Civil Veterinary Dept. Bombay admin report 1893-99 - 1893-1899
Year: 1893
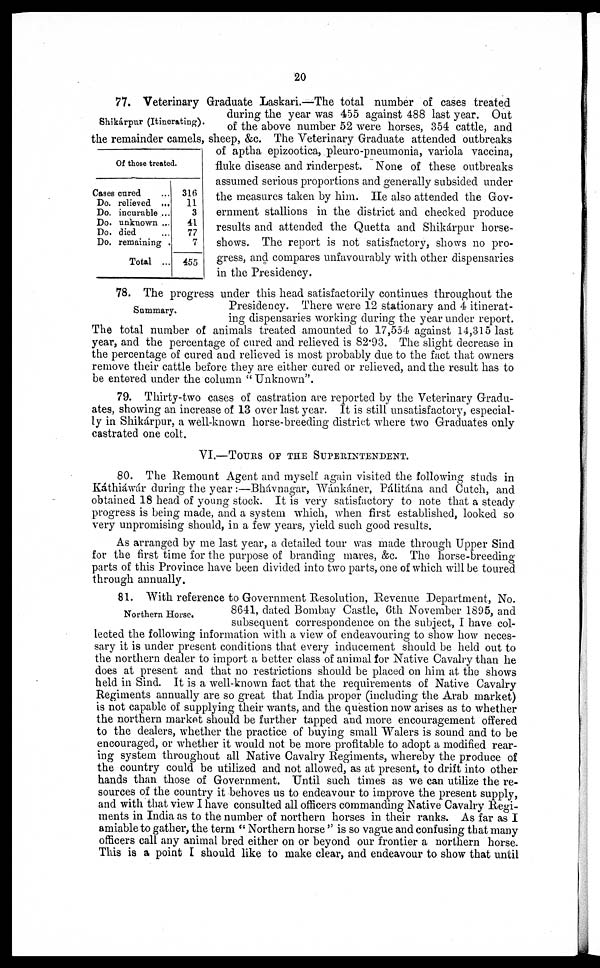
20
Shikárpur (Itinerating).
77. Veterinary Graduate Laskari.—The total number of cases treated
during the year was 455 against 488 last year. Out
of the above number 52 were horses, 354 cattle, and
the remainder camels, sheep, &c. The Veterinary Graduate attended outbreaks
of aptha epizootica, pleuro-pneumonia, variola vaccina,
fluke disease and rinderpest. None of these outbreaks
assumed serious proportions and generally subsided under
the measures taken by him. He also attended the Gov-
ernment stallions in the district and checked produce
results and attended the Quetta and Shikárpur horse-
shows. The report is not satisfactory, shows no pro-
gress, and compares unfavourably with other dispensaries
in the Presidency.
Of those treated.
Cases cured …
Do. relieved ...
Do. incurable ...
Do. unknown ...
Do. died …
Do. remaining
Total ...
316
11
3
41
77
7
455
Summary.
78. The progress under this head satisfactorily continues throughout the
Presidency. There were 12 stationary and 4 itinerat-
ing dispensaries working during the year under report.
The total number of animals treated amounted to 17,554 against 14,315 last
year, and the percentage of cured and relieved is 82.93. The slight decrease in
the percentage of cured and relieved is most probably due to the fact that owners
remove their cattle before they are either cured or relieved, and the result has to
be entered under the column " Unknown ".
79. Thirty-two cases of castration are reported by the Veterinary Gradu-
ates, showing an increase of 13 over last year. It is still unsatisfactory, especial-
ly in Shikárpur, a well-known horse-breeding district where two Graduates only
castrated one colt.
VI.—TOURS OF THE SUPERINTENDENT.
80. The Remount Agent and myself again visited the following studs in
Káthiáwár during the year :—Bhávnagar, Wánkáner, Pálitána and Cutch, and
obtained 18 head of young stock. It is very satisfactory to note that a steady
progress is being made, and a system which, when first established, looked so
very unpromising should, in a few years, yield such good results.
As arranged by me last year, a detailed tour was made through Upper Sind
for the first time for the purpose of branding mares, &c. The horse-breeding
parts of this Province have been divided into two parts, one of which will be toured
through annually.
Northern Horse.
81. With reference to Government Resolution, Revenue Department, No.
8641, dated Bombay Castle, 6th November 1895, and
subsequent correspondence on the subject, I have col-
lected the following information with a view of endeavouring to show how neces-
sary it is under present conditions that every inducement should be held out to
the northern dealer to import a better class of animal for Native Cavalry than he
does at present and that no restrictions should be placed on him at the shows
held in Sind. It is a well-known fact that the requirements of Native Cavalry
Regiments annually are so great that India proper (including the Arab market)
is not capable of supplying their wants, and the question now arises as to whether
the northern market should be further tapped and more encouragement offered
to the dealers, whether the practice of buying small Walers is sound and to be
encouraged, or whether it would not be more profitable to adopt a modified rear-
ing system throughout all Native Cavalry Regiments, whereby the produce of
the country could be utilized and not allowed, as at present, to drift into other
hands than those of Government. Until such times as we can utilize the re-
sources of the country it behoves us to endeavour to improve the present supply,
and with that view I have consulted all officers commanding Native Cavalry Regi-
ments in India as to the number of northern horses in their ranks. As far as I
amiable to gather, the term " Northern horse " is so vague and confusing that many
officers call any animal bred either on or beyond our frontier a northern horse.
This is a point I should like to make clear, and endeavour to show that until